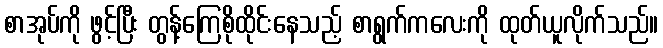
စာအုပ်ကို ဖွင့်ပြီး တွန့်ကြေစိုထိုင်းနေသည့် စာရွက်ကလေးကို ထုတ်ယူလိုက်သည်။